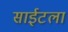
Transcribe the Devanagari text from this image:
साईटला